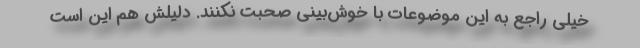
خیلی راجع به این موضوعات با خوش‌بینی صحبت نکنند. دلیلش هم این است